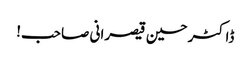
ڈاکٹر حسین قیصرانی صاحب!